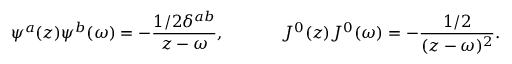
\psi ^ { a } ( z ) \psi ^ { b } ( \omega ) = - \frac { 1 / 2 \delta ^ { a b } } { z - \omega } , ~ ~ ~ ~ ~ ~ ~ ~ ~ ~ J ^ { 0 } ( z ) J ^ { 0 } ( \omega ) = - \frac { 1 / 2 } { ( z - \omega ) ^ { 2 } } .